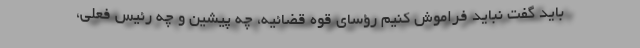
باید گفت نباید فراموش کنیم رؤسای قوه قضائیه، چه پیشین و چه رئیس فعلی،